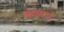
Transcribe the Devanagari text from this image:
कवणा